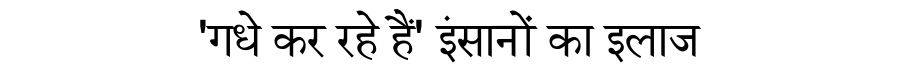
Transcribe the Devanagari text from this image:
'गधे कर रहे हैं' इंसानों का इलाज